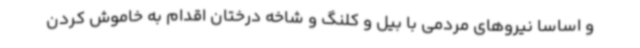
و اساسا نیروهای مردمی با بیل و کلنگ و شاخه درختان اقدام به خاموش کردن